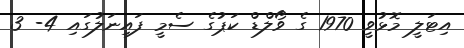
އިޓަލީ މޮޅުވީ 1970 ގެ ވޯލްޑް ކަޕުގެ ސެމީ ފައިނަލުގައި 4- 3